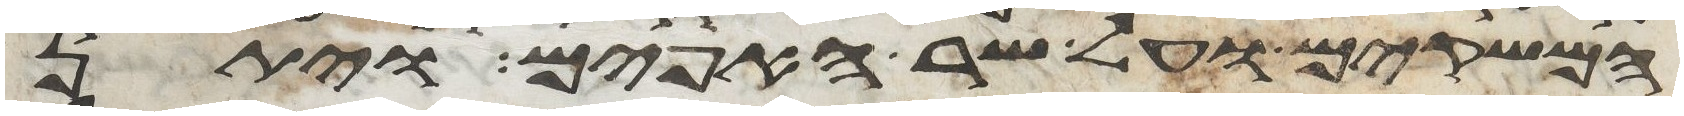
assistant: המשקים ועל שר האפים ויתן